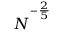
N ^ { ^ { - \frac { 2 } { 5 } } }